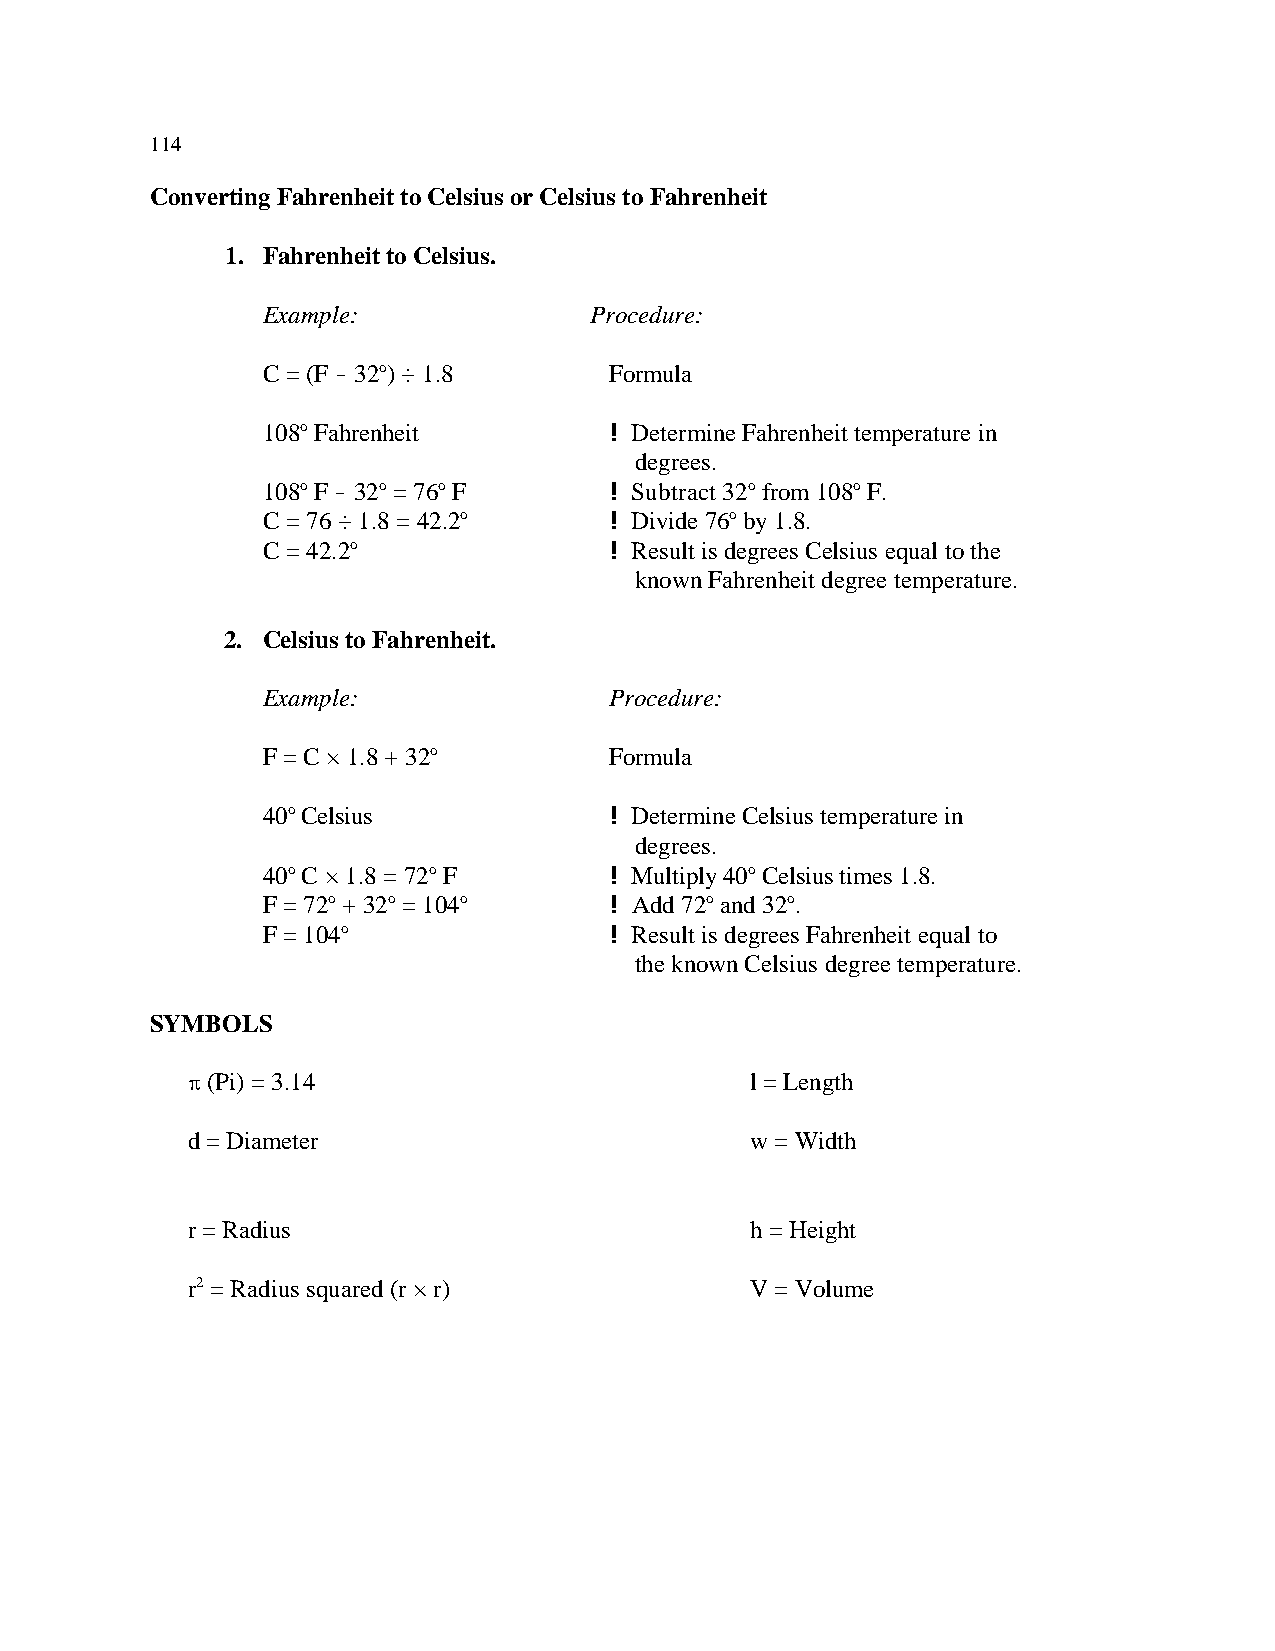
114
 Converting Fahrenheit to Celsius or Celsius to Fahrenheit
 1. Fahrenheit to Celsius.
 Example:              Procedure:
 C = (F ! 32o) ÷ 1.8    Formula
 108o Fahrenheit        ! Determine Fahrenheit temperature in
 degrees.
 108o F ! 32o = 76o F   ! Subtract 32o from 108o F.
 C = 76 ÷ 1.8 = 42.2o   ! Divide 76o by 1.8.
 C = 42.2o              ! Result is degrees Celsius equal to the
 known Fahrenheit degree temperature.
 2. Celsius to Fahrenheit.
 Example:               Procedure:
 F = C × 1.8 + 32o      Formula
 40o Celsius            ! Determine Celsius temperature in
 degrees.
 40o C × 1.8 = 72o F    ! Multiply 40o Celsius times 1.8.
 F = 72o + 32o = 104o   ! Add 72o and 32o.
 F = 104o               ! Result is degrees Fahrenheit equal to
 the known Celsius degree temperature.
 SYMBOLS
 B (Pi) = 3.14                         l = Length
 d = Diameter                          w = Width
 r = Radius                            h = Height
 r2 = Radius squared (r × r)           V = Volume